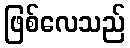
ဖြစ်လေသည်